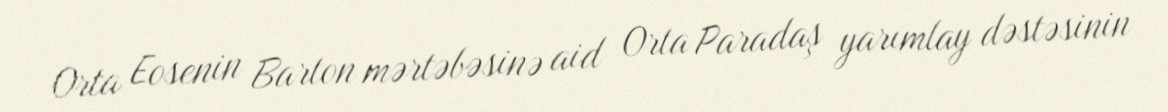
Orta Eosenin Barton mərtəbəsinə aid Orta Paradaş yarımlay dəstəsinin